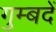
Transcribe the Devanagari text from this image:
गुम्बदें